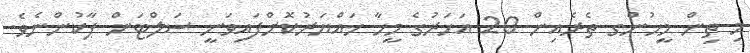
މި ތިން މީހުންގ ތެރެއިން 20 އަހަރުގެ މީހާ ހައްޔަރުކޮށްފައިވަނީ ސަލްޓަން ޕާކުންނެވެ.